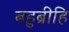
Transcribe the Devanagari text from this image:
बहुब्रीहि